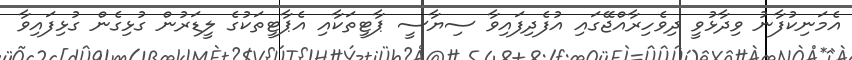
އެމަނިކުފާނު ވިދާޅުވީ ދިވެހިރާއްޖޭގައި އުފެދިފައިވާ ސިޔާސީ ޕާޓީތަކާއި އެޕާޓީތަކުގެ ލީޑަރުން ގުޅިގެން ގުޅިފައިވާ